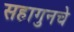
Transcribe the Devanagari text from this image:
सहागुनचे